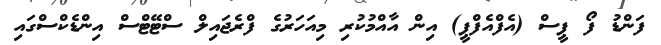
ފަންޑު ފޯ ޕީސް (އެފްއެފްޕީ) އިން އާއްމުކުރި މިއަހަރުގެ ފްރެޖައިލް ސްޓޭޓްސް އިންޑެކްސްގައި